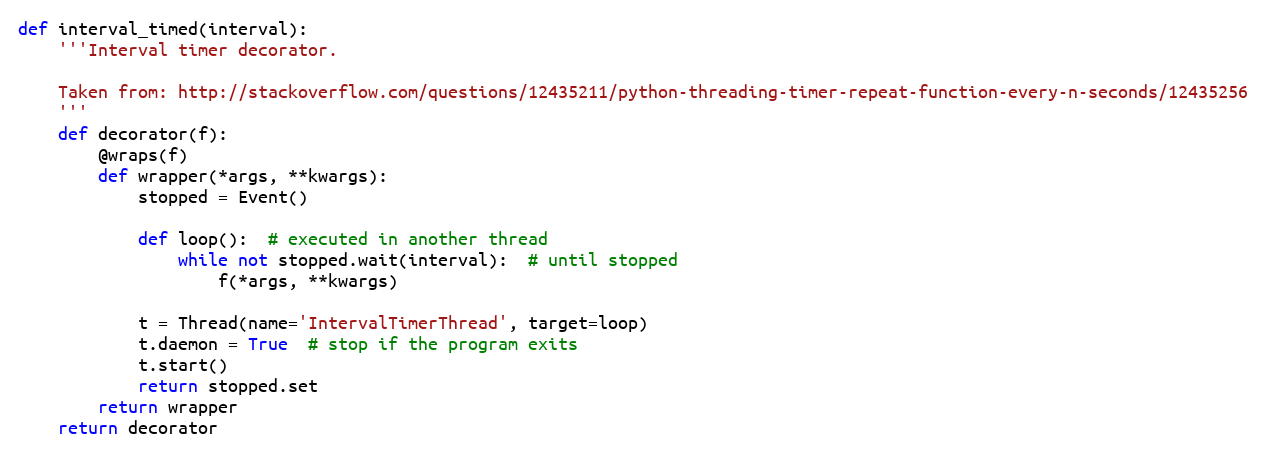
Language: Python
def interval_timed(interval):
    '''Interval timer decorator.

    Taken from: http://stackoverflow.com/questions/12435211/python-threading-timer-repeat-function-every-n-seconds/12435256
    '''
    def decorator(f):
        @wraps(f)
        def wrapper(*args, **kwargs):
            stopped = Event()

            def loop():  # executed in another thread
                while not stopped.wait(interval):  # until stopped
                    f(*args, **kwargs)

            t = Thread(name='IntervalTimerThread', target=loop)
            t.daemon = True  # stop if the program exits
            t.start()
            return stopped.set
        return wrapper
    return decorator